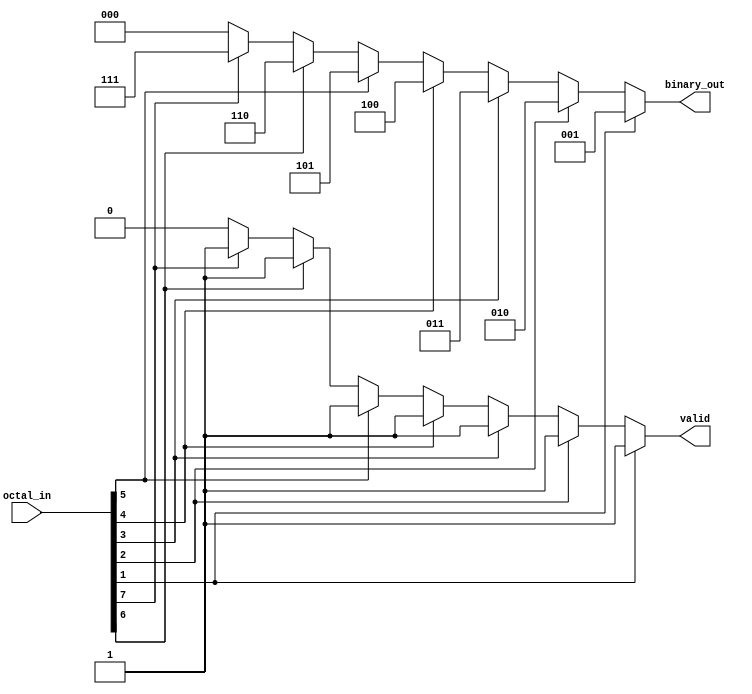
module octal_to_binary_encoder (
    input wire [7:0] octal_in,   // 8-bit octal input
    output reg [2:0] binary_out,  // 3-bit binary output
    output reg valid              // Validity output
);

    always @(*) begin
        // Default values
        binary_out = 3'b000; // Default to 000
        valid = 1'b0;        // Default to invalid

        // Check for valid octal input (1 to 7)
        if (octal_in[1]) begin
            binary_out = 3'b001; // Octal 1
            valid = 1'b1;
        end else if (octal_in[2]) begin
            binary_out = 3'b010; // Octal 2
            valid = 1'b1;
        end else if (octal_in[3]) begin
            binary_out = 3'b011; // Octal 3
            valid = 1'b1;
        end else if (octal_in[4]) begin
            binary_out = 3'b100; // Octal 4
            valid = 1'b1;
        end else if (octal_in[5]) begin
            binary_out = 3'b101; // Octal 5
            valid = 1'b1;
        end else if (octal_in[6]) begin
            binary_out = 3'b110; // Octal 6
            valid = 1'b1;
        end else if (octal_in[7]) begin
            binary_out = 3'b111; // Octal 7
            valid = 1'b1;
        end else if (octal_in[0]) begin
            // If octal 0 is detected, we keep binary_out as 000
            valid = 1'b0; // Treat as invalid
        end
    end

endmodule